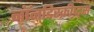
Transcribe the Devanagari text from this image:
नॉनडिस्क्रीप्ट्स